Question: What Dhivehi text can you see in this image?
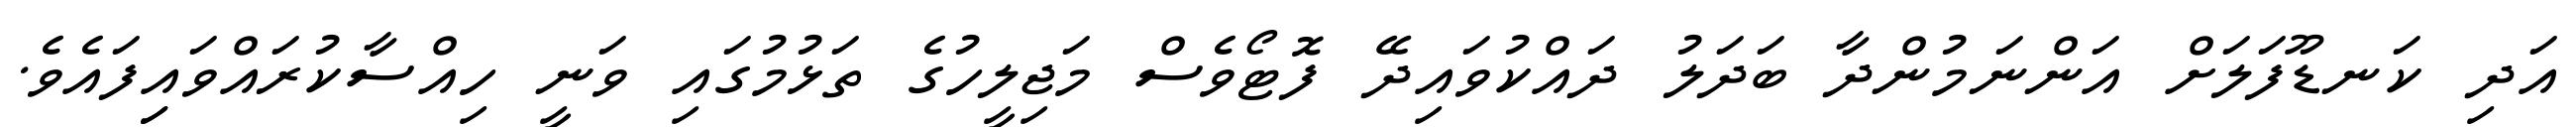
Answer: އަދި ކަނޑޫފަލަށް އަންނަމުންދާ ބަދަލު ދައްކުވައިދޭ ފޮޓޯވެސް މަޖިލީހުގެ ތަޅުމުގައި ވަނީ ހިއްސާކުރައްވައިިފައެވެ.